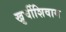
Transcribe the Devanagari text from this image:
खुर्चीशिवाय